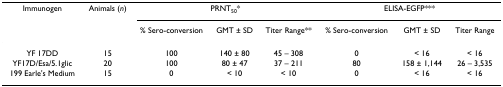
<table><thead><tr><td><b>Immunogen</b></td><td><b>Animals (<i>n</i>)</b></td><td colspan="3"><b>PRNT<sub>50</sub>*</b></td><td colspan="3"><b>ELISA-EGFP***</b></td></tr><tr><td></td><td></td><td><b>% Sero-conversion</b></td><td><b>GMT ± SD</b></td><td><b>Titer Range**</b></td><td><b>% Sero-conversion</b></td><td><b>GMT ± SD</b></td><td><b>Titer Range</b></td></tr></thead><tbody><tr><td>YF 17DD</td><td>15</td><td>100</td><td>140 ± 80</td><td>45 – 308</td><td>0</td><td>&lt; 16</td><td>&lt; 16</td></tr><tr><td>YF17D/Esa/5.1glic</td><td>20</td><td>100</td><td>80 ± 47</td><td>37 – 211</td><td>80</td><td>158 ± 1,144</td><td>26 – 3,535</td></tr><tr><td>199 Earle&#x27;s Medium</td><td>15</td><td>0</td><td>&lt; 10</td><td>&lt; 10</td><td>0</td><td>&lt; 16</td><td>&lt; 16</td></tr></tbody></table>